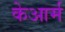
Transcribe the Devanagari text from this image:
केआर्म